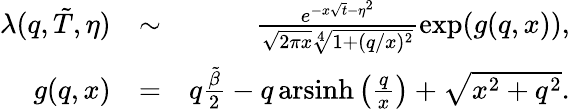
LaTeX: \begin{array}{rlr}{\lambda(q,\tilde{T},\eta)}&{\sim}&{\frac{e^{-x\sqrt{t}-\eta^{2}}}{\sqrt{2\pi x}\sqrt[4]{1+(q/x)^{2}}}\exp(g(q,x)),}\\ {g(q,x)}&{=}&{q\frac{\tilde{\beta}}{2}-q\, \mathrm{arsinh}\left(\frac{q}{x}\right)+\sqrt{x^{2}+q^{2}}.}\end{array}